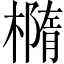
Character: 橢